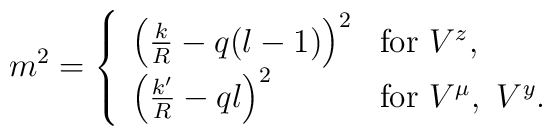
m^2 = \left\{\begin{array}{ll}\left(\frac kR-q(l-1)\right)^2 & \mbox{for $V^z$,} \\\left(\frac {k'}R-ql\right)^2  & \mbox{for $V^\mu,\ V^y$}. \end{array}\right.